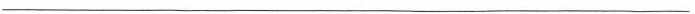
___